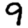
Digit: 9